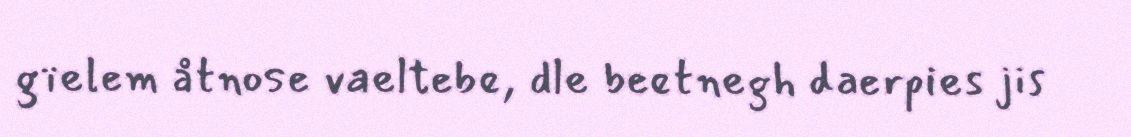
gïelem åtnose vaeltebe, dle beetnegh daerpies jis